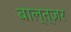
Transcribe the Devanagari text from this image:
बाल्त्ज़र